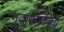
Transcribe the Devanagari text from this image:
गुदानलिका